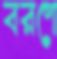
বরণে